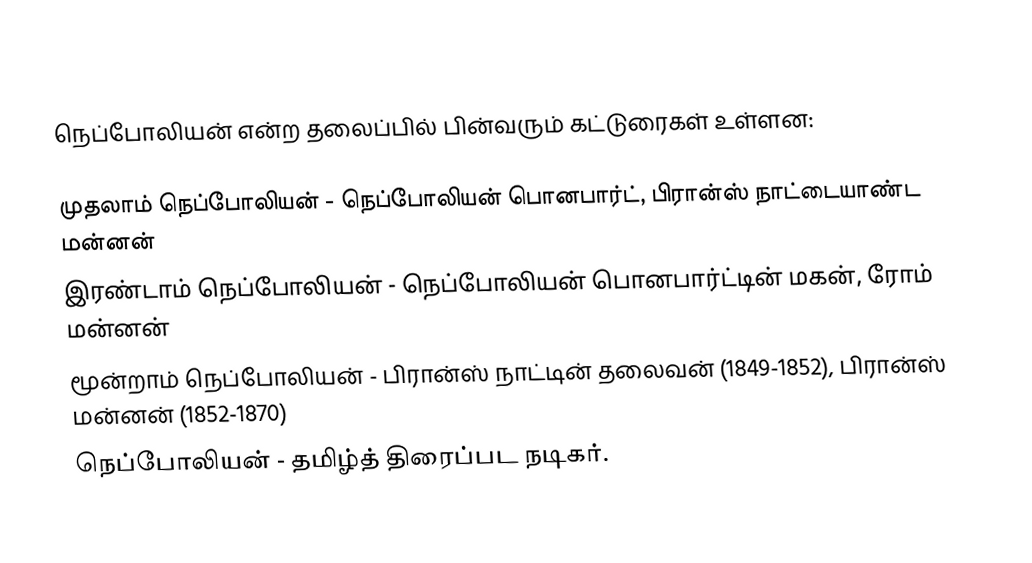
நெப்போலியன் என்ற தலைப்பில் பின்வரும் கட்டுரைகள் உள்ளன:

 முதலாம் நெப்போலியன் - நெப்போலியன் பொனபார்ட், பிரான்ஸ் நாட்டையாண்ட மன்னன்
 இரண்டாம் நெப்போலியன் - நெப்போலியன் பொனபார்ட்டின் மகன், ரோம் மன்னன்
 மூன்றாம் நெப்போலியன் - பிரான்ஸ் நாட்டின் தலைவன் (1849-1852), பிரான்ஸ் மன்னன் (1852-1870)
 நெப்போலியன் - தமிழ்த் திரைப்பட நடிகர்.